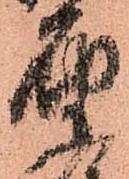
届